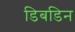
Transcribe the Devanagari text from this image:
डिबडिन